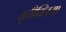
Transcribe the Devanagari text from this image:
यूरीक्लिया